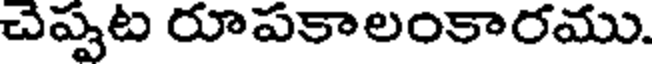
చెప్పట రూపకాలంకారము.